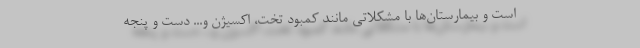
است و بیمارستان‌ها با مشکلاتی مانند کمبود تخت، اکسیژن و... دست و پنجه